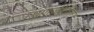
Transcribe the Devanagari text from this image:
पणजीतील